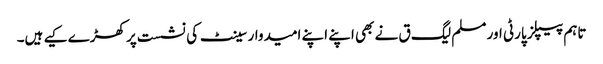
تاہم پیپلز پارٹی اور مسلم لیگ ق نے بھی اپنے اپنے امیدوار سینٹ کی نشست پر کھڑے کیے ہیں۔